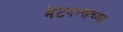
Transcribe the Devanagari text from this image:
मेंटनन्सच्या